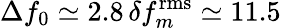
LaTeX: \Delta f_{0}\simeq 2.8\, \delta f_{m}^{\mathrm{rms}}\simeq 11.5